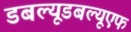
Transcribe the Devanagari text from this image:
डबल्यूडबल्यूएफ